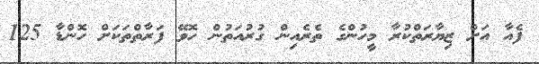
ފެއާ އަށް ޒިޔާރަތްކުރާ މީހުންގެ ތެރެއިން ގުރުއަތުން ހޮވޭ ފަރާތްތަކަށް ހޮންޑާ 125